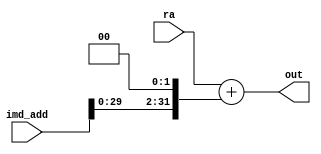

`ifndef MODULE_ALUBRANCH
`define MODULE_ALUBRANCH

`timescale 1ns / 1ps
//////////////////////////////////////////////////////////////////////////////////
// Company: 
// Engineer: 
// 
// Design Name: 
// Module Name: ALU_branch
// Project Name: 
// Target Devices: 
// Tool Versions: 
// Description: 
// 
// Dependencies: 
// 
// Revision:
// Revision 0.01 - File Created
// Additional Comments:
// 
//////////////////////////////////////////////////////////////////////////////////


module ALU_branch(ra, imd_add, out);
    input [31:0] ra, imd_add;
    output [31:0] out;
    reg [31:0] out;

    always @(ra or imd_add)
    begin
        out = ra + (imd_add << 2);
    end     

endmodule

`endif